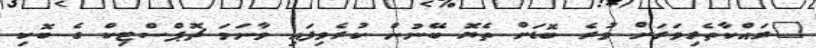
"ރައްކާތެރިވަރަށް ވުރެ ބޮޑަށް ތެޔޮ ބޭނުން ކުރެވިފައި ވާނަމަ ޗޮޕްސްޓިކް ގެ ބޮކި